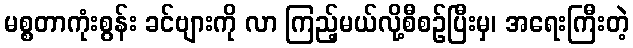
မစ္စတာကုံးစွန်း ခင်ဗျားကို လာ ကြည့်မယ်လို့စီစဉ်ပြီးမှ၊ အရေးကြီးတဲ့